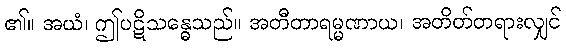
၏။ အယံ၊ ဤပဋိသန္ဓေသည်။ အတီတာရမ္မဏာယ၊ အတိတ်တရားလျှင်